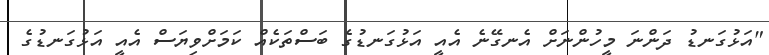
"އަޅުގަނޑު ދަންނަ މީހުންނަށް އެނގޭނެ އެއީ އަޅުގަނޑުގެ ބަސްތަކެއް ކަމަށްވިޔަސް އެއީ އަޅުގަނޑުގެ